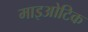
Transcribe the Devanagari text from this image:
माइओटिक